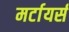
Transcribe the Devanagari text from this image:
मर्टायर्स